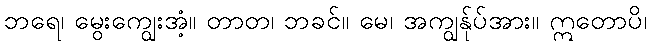
ဘရေ၊ မွေးကျွေးအံ့။ တာတ၊ ဘခင်။ မေ၊ အကျွန်ုပ်အား။ ဣတောပိ၊